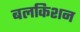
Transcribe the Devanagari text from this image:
बलकिशन